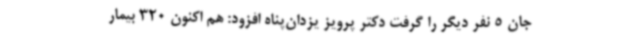
جان 5 نفر دیگر را گرفت دکتر پرویز یزدان‌پناه افزود: هم اکنون 320 بیمار